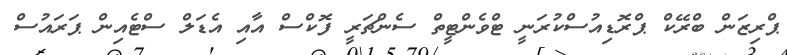
ޕްރިޒަން ބްރޭކް ޕްރޮޑިއުސްކުރަނީ ޓްވެންޓީތް ސެންޗަރީ ފޮކްސް އާއި އެޑަލް ސްޓެއިން ޕަރައުސް